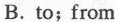
B. to；from